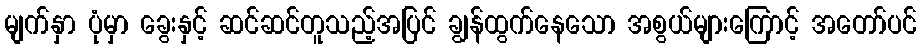
မျက်နှာ ပုံမှာ ခွေးနှင့် ဆင်ဆင်တူသည့်အပြင် ချွန်ထွက်နေသော အစွယ်များကြောင့် အတော်ပင်